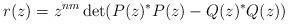
LaTeX: \begin{align*}r(z) = z^{nm} \det(P(z)^*P(z) - Q(z)^*Q(z))\end{align*}